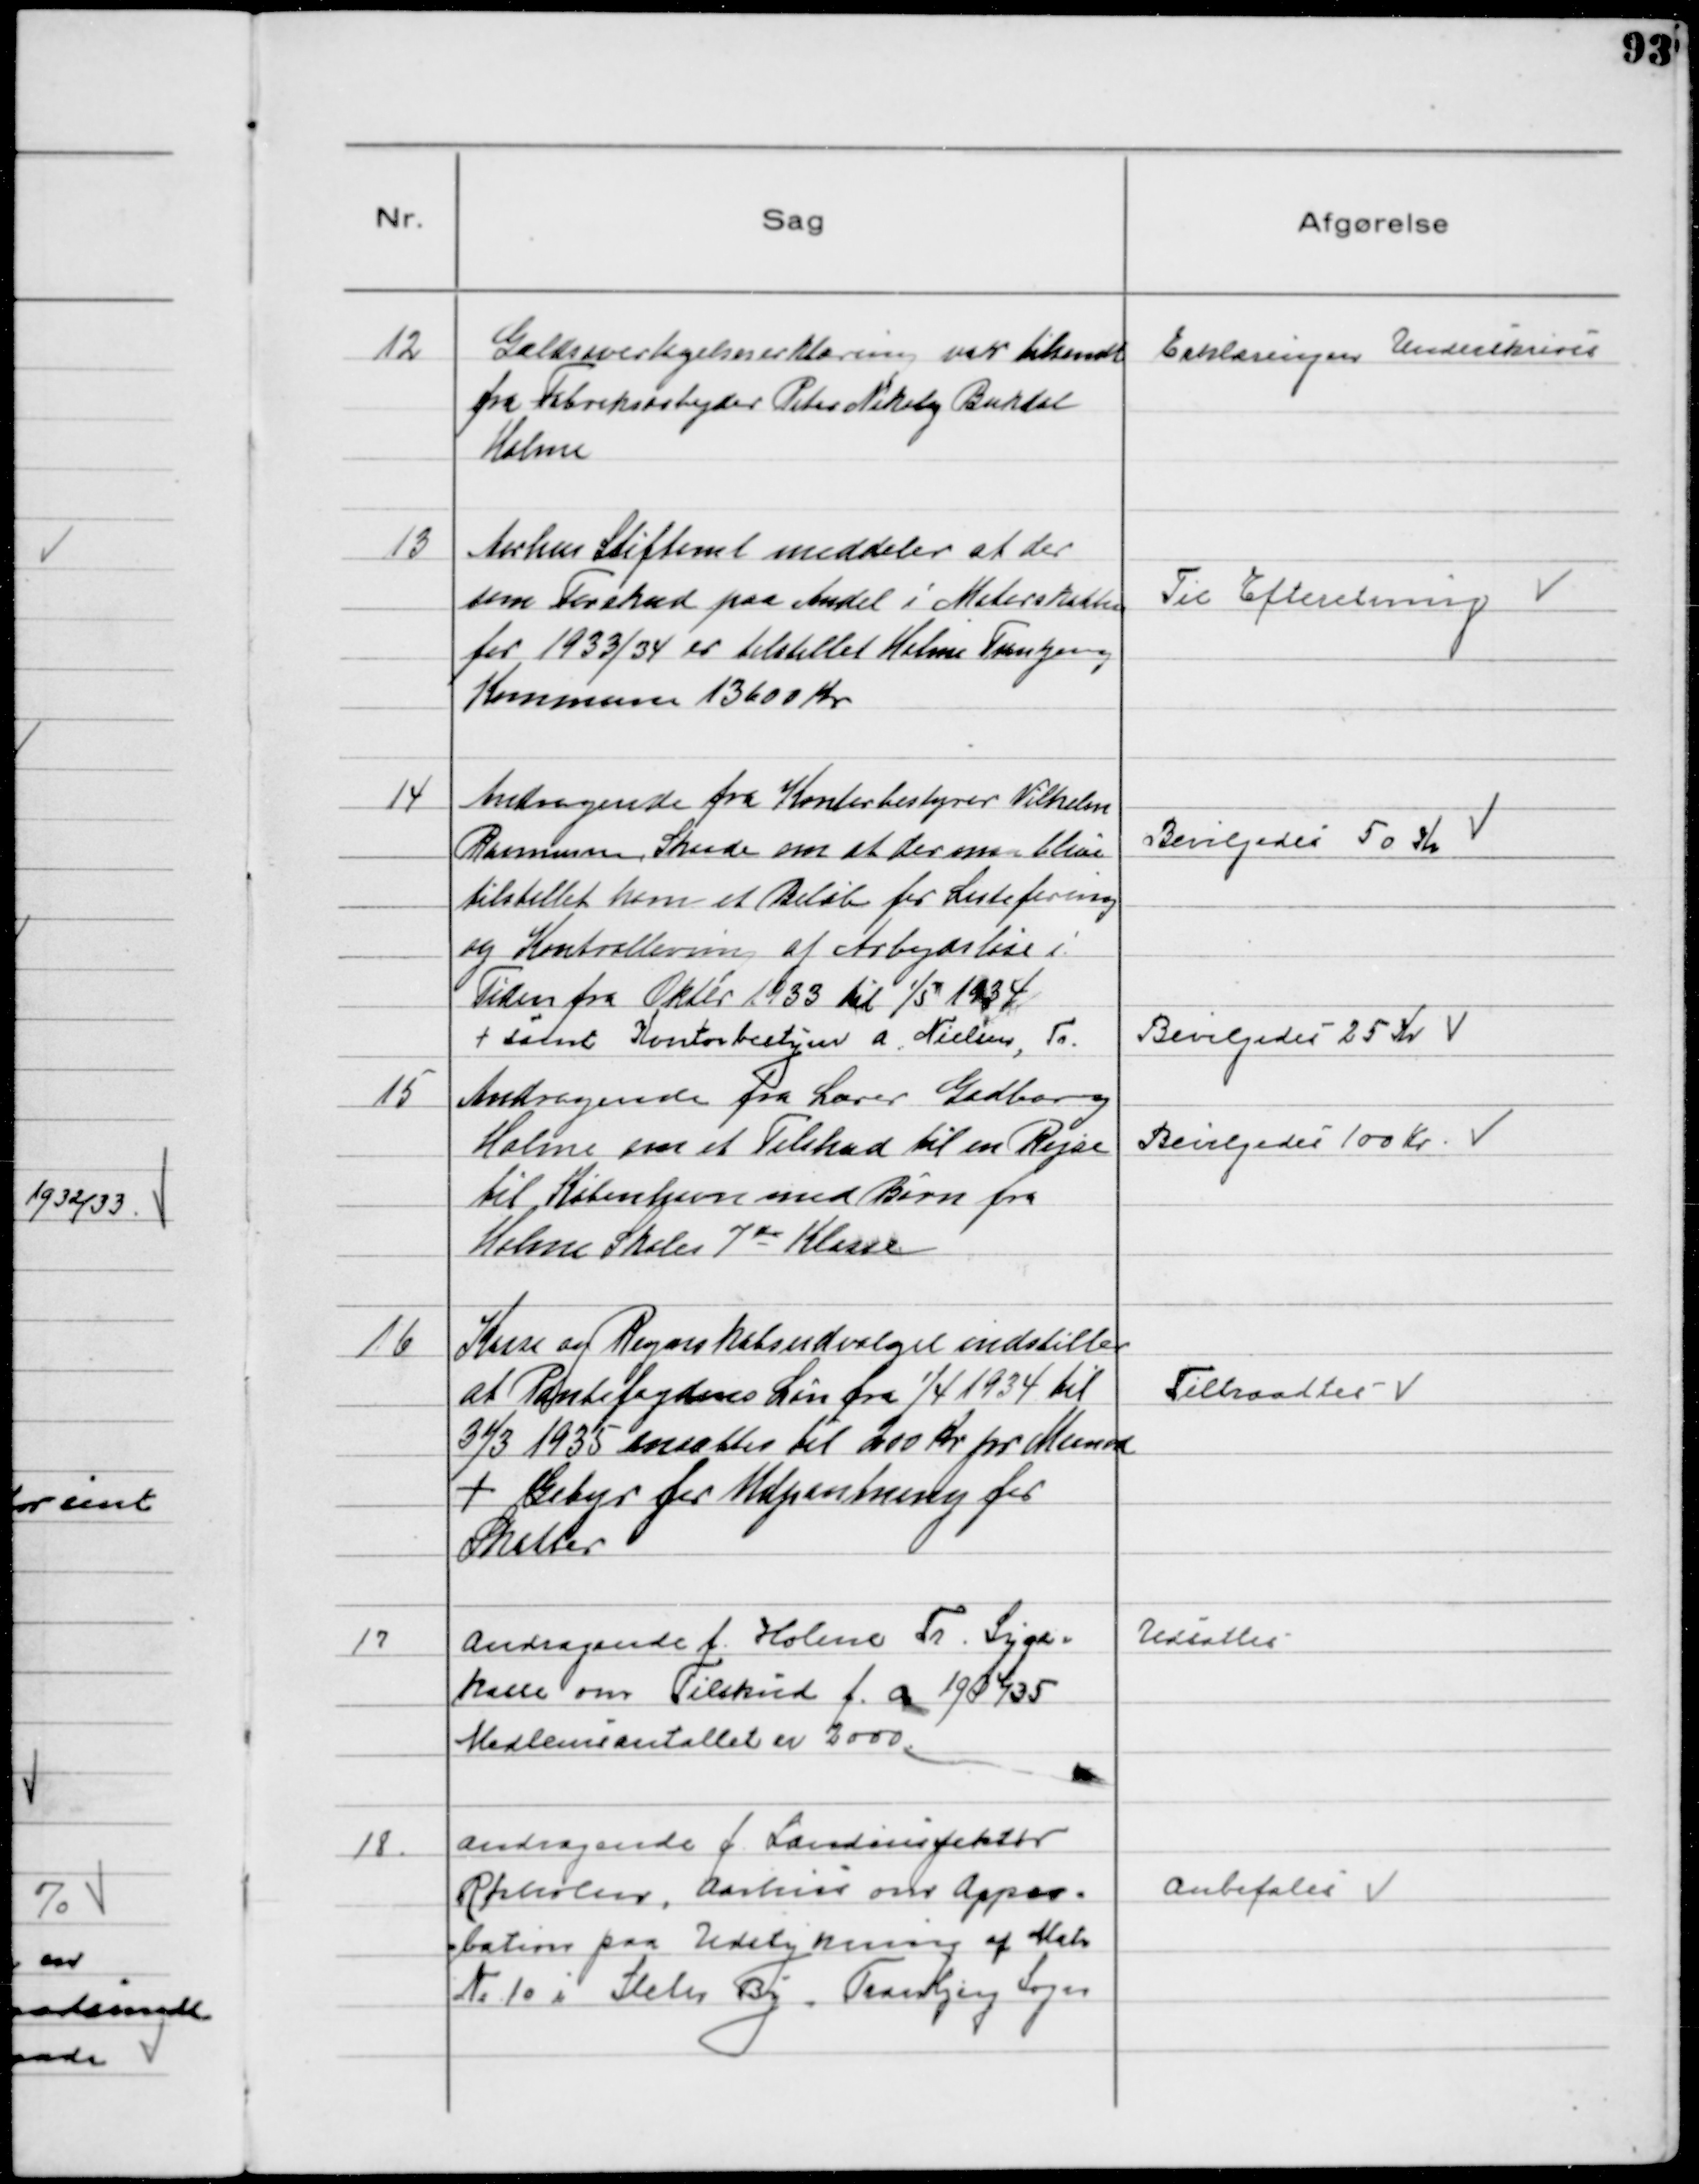
Transskription:
12
Gældsovertagelseserklæring var tilsendt
fra Fabriksarbejder Peter Nikolaj Bukdal
Holme

Erklæringen Underskrives

13
Aarhus Stiftamt meddeler at der
som Forskud paa Andel i Meterskatten
for 1933/34 er tilstillet Holme Tranbjerg
Kommune 13600 Kr

Til Efteretning

14
Andragende fra Kontorbestyrer Vilhelm
Rasmussen, Skaade om at der maa blive
tilstillet ham et Beløb for Listeføring
og Kontrollering af Arbejdsløse i
Tiden fra Oktbr 1933 til 1/5 1934
+ samt Kontorbestyrer A. Nielsen, Tr.

Bevilgedes 50 Kr

Bevilgedes 25 Kr

15
Andragende fra Lærer Gadborg
Holme om et Tilskud til en Rejse
til København med Børn fra
Holme Skole 7 de Klasse

Bevilgedes 100 Kr

16
Kasse og Regnskabsudvalget indstiller
at Pantefogdens Løn fra 1/4 1934 til
31/3 1935 ansættes til 200 Kr pr Maaned
+ Gebyr for Udpantning for
Skatter

Tiltraadtes

17
Andragende f. Holme Tr. Syge-
kasse om Tilskud f. a. 1934/35
Medlemstallet er 2000.

Udsattes

18.
Andragende f. Landinspektør
Rørholm, Aarhus om Appro-
bation paa Udstykning af Matr
№ 10 i Sleth By, Tranbjerg Sogn

Anbefales